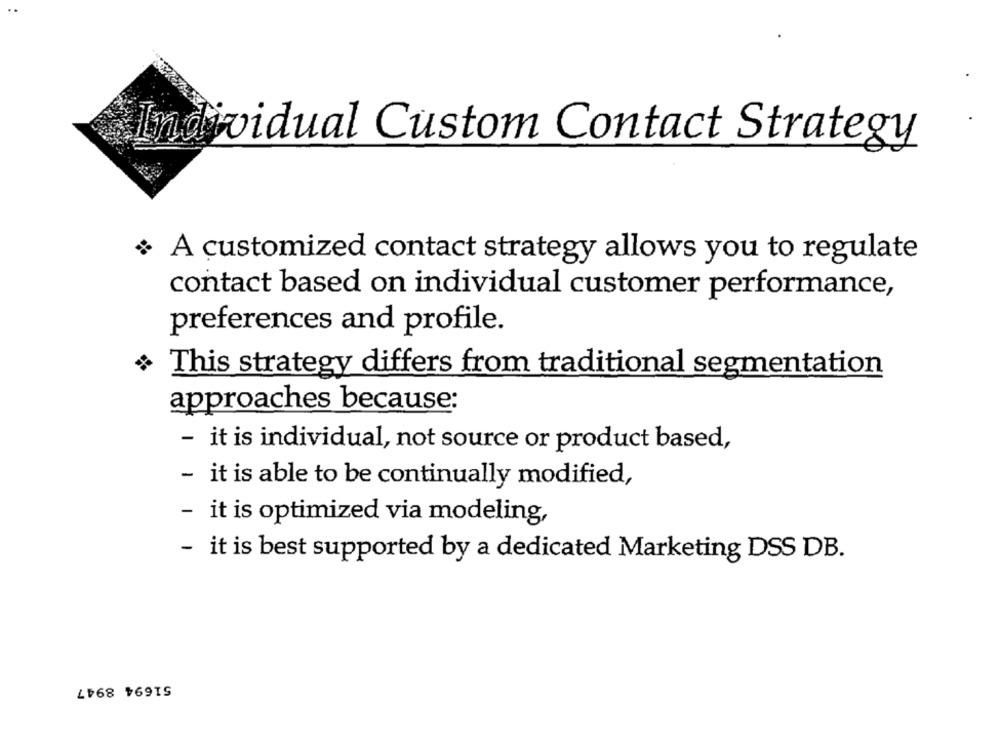
Individual Custom Contact Strategy
A customized contact strategy allows you to regulate
contact based on individual customer performance,
preferences and profile.
This strategy differs from traditional segmentation
approaches because:
- it is individual, not source or product based,
- it is able to be continually modified,
-
it is optimized via modeling,
it is best supported by a dedicated Marketing DSS DB.
51694 8947